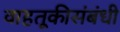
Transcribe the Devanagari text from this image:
वाहतूकीसंबंधी